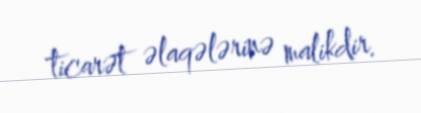
ticarət əlaqələrinə malikdir.